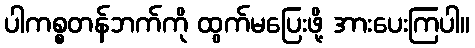
ပါကစ္စတန်ဘက်ကို ထွက်မပြေးဖို့ အားပေးကြပါ။